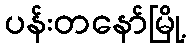
ပန်းတနော်မြို့